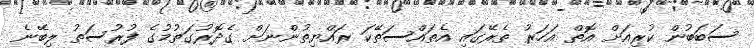
ސަބަބުން ކުރިއަށް އޮތް އަހަރު ތެރޭގައި އެތައްސަތޭކަ ރައްޔިތުންނަށް ގެދޮރުގަތުމުގެ ފުރުސަތު ލިބޭނެ